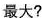
最大?